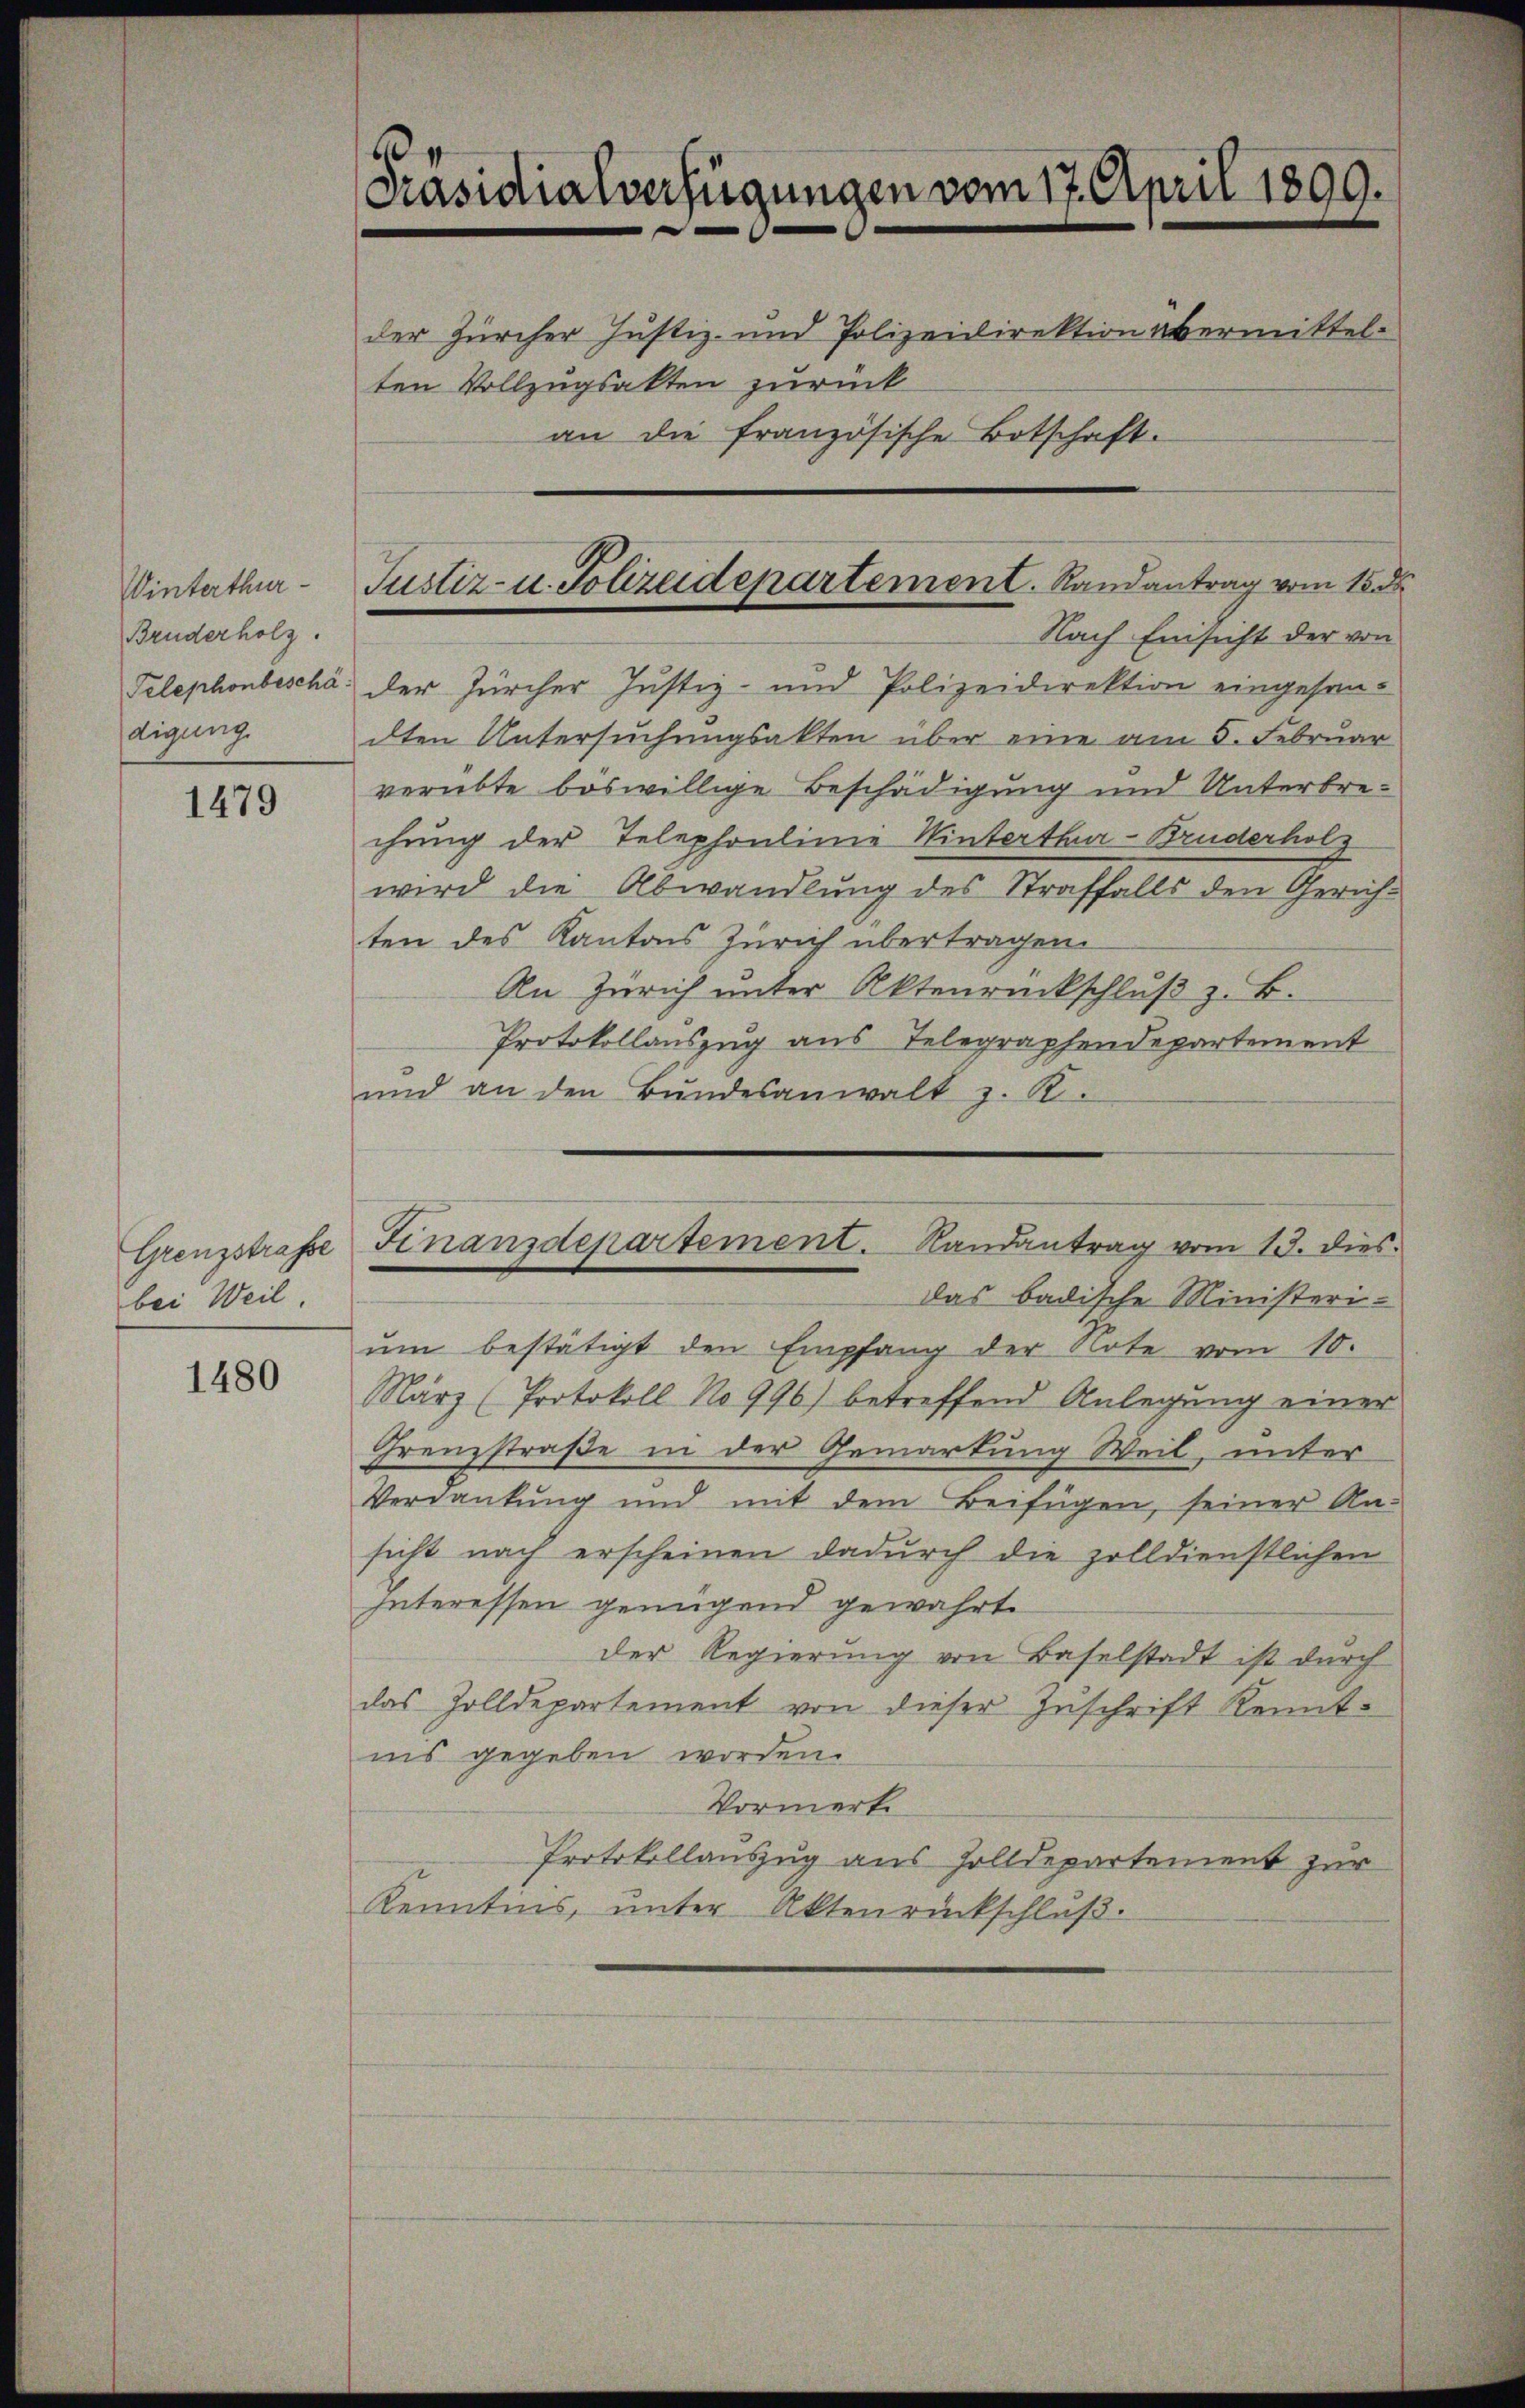
Winterthur
Bruderholz.
digung.

1479

Grenzstrafse
bei Weil

1480

Präsidialverfügungen vom 17. April 1899.
der Zürcher Justiz- und Polizeidirektion übermittelten Vollzugsakten zurück
an die französische Botschaft.

Telephonbescha der Zürcher Justiz- und Polizeidirektion eingesan-
dten Untersuchungsakten über eine am 5. Februar
verübte boswillige Beschädigung und Unterbrechung der Telephonlinie Winterthur-Bruderholz
wird die Abwandlung des Straffalls den Gerichten des Kantons Zürich übertragen.
An Zürich unter Aktenrückschluß z. B.
Protokollauszug aus Telegraphendepartement
und an den Bŭndesanwalt z. R.
Das badische Ministeriŭm bestätigt den Empfang der Note vom 10.
März (Protokoll No 996) betreffend Anlegung einer
Grenzstraße in der Gemarkung Weil, unter
Verdankung und mit dem Beifügen, seiner An-
sicht nach erscheinen dadurch die zolldienstlichen
Interessen genügend gewährte
der Regierung von Baselstadt ist durch
das Zolldepartement von dieser Zuschrift Kenntins gegeben worden.
Vormerke
Protokollauszug aus Zolldepartement zur
Kenntins, unter Aktenrückschluß.

Justiz- u. Polizeidepartement. Randantrag vom 15. ds.
Nach Einsicht der von

Finanzdepartement. Randantrag vom 13. dies